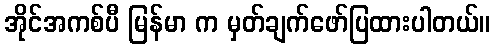
အိုင်အကစ်ပီ မြန်မာ က မှတ်ချက်ဖော်ပြထားပါတယ်။